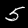
Digit: 5